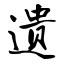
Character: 遗